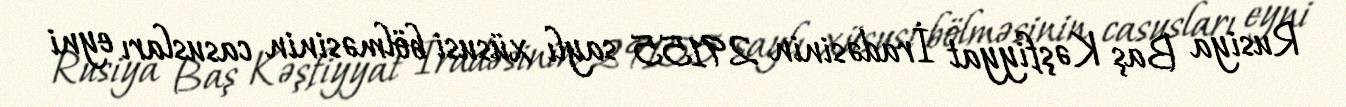
Rusiya Baş Kəşfiyyat İradəsinin 29155 saylı xüsusi bölməsinin casusları eyni